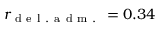
r _ { \mathrm { ~ d ~ e ~ l ~ . ~ a ~ d ~ m ~ . ~ } } = 0 . 3 4